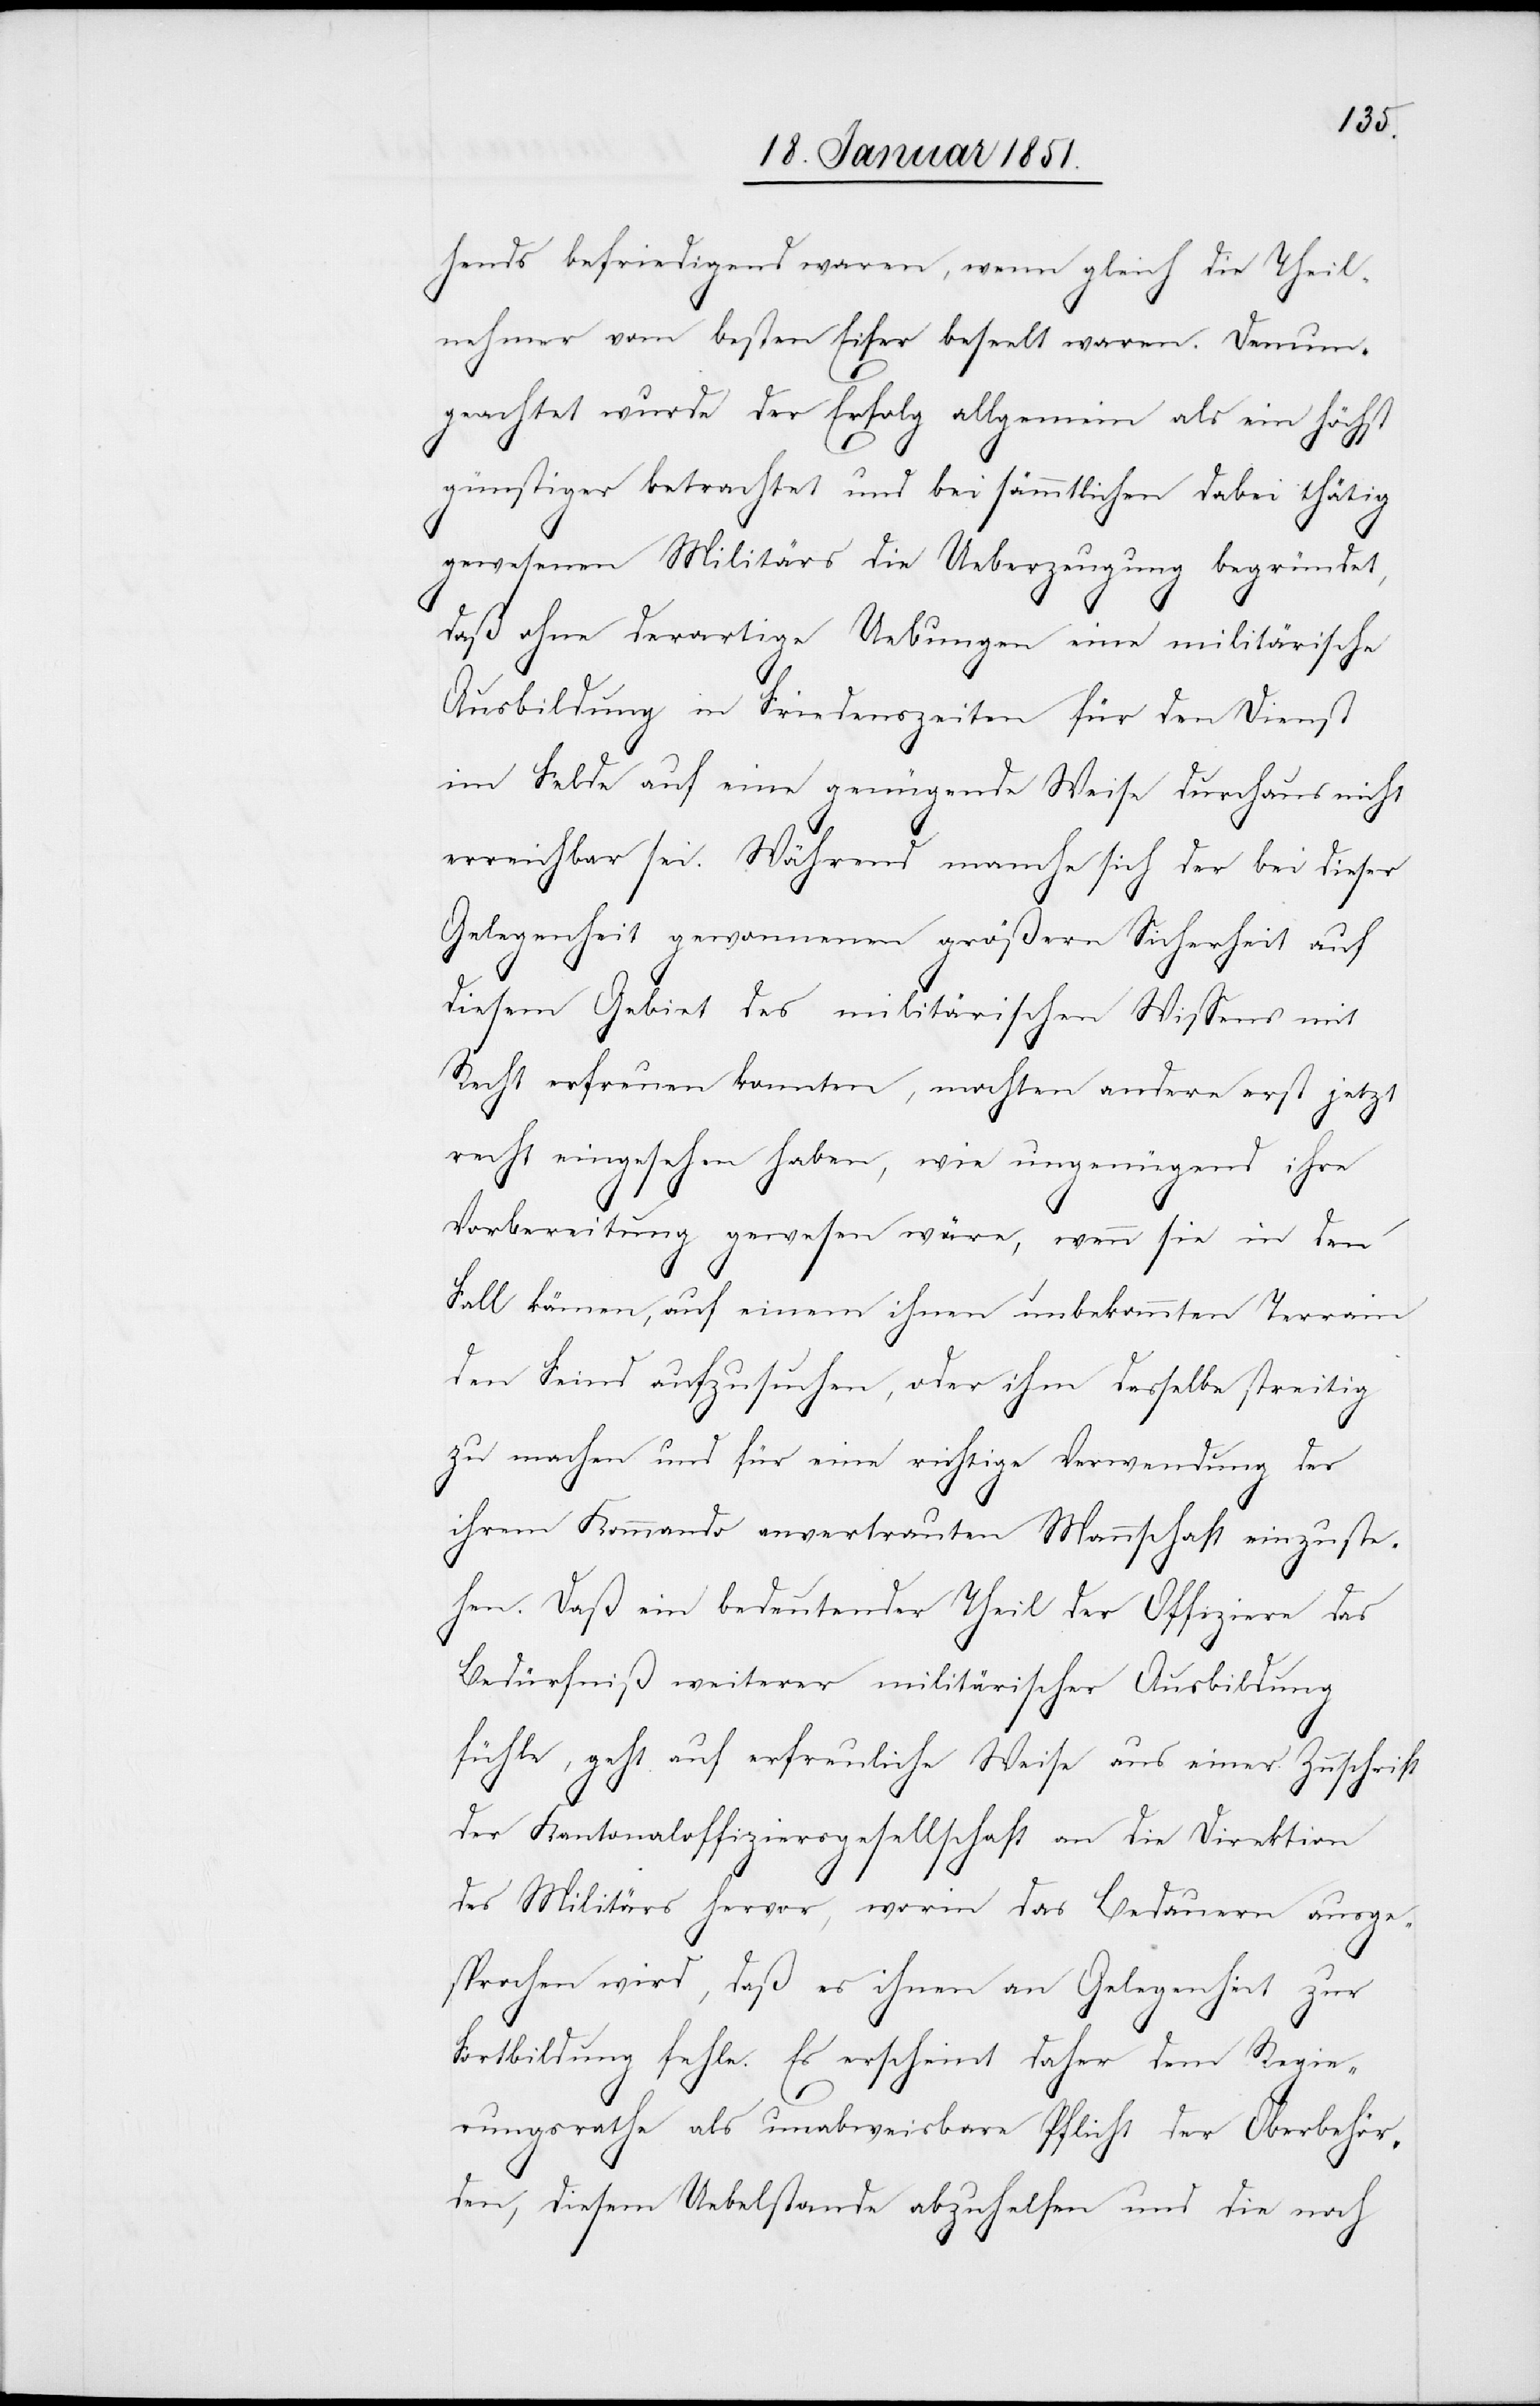
hends befriedigend waren, wenn gleich die Theil¬
nehmer vom besten Eifer beseelt waren. Demun¬
geachtet wurde der Erfolg allgemein als ein höchst
günstiger betrachtet und bei sämmtlichen dabei thätig
gewesenen Militärs die Ueberzeugung begründet,
daß ohne derartige Uebungen eine militärische
Ausbildung in Friedenszeiten für den Dienst
im Felde auf eine genügende Weise durchaus nicht
erreichbar sei. Während manche sich der bei dieser
Gelegenheit gewonnenen größern Sicherheit auf
diesem Gebiet des militärischen Wissens mit
Recht erfreuen konnten, mochten andere erst jetzt
recht eingesehen haben, wie ungenügend ihre
Vorbereitung gewesen wäre, wenn sie in den
Fall kämen, auf einem ihnen unbekannten Terrain
den Feind aufzusuchen, oder ihm dasselbe streitig
zu machen und für eine richtige Verwendung der
ihrem Kommando anvertrauten Mannschaft einzuste¬
hen. Daß ein bedeutender Theil der Offiziere das
Bedürfniß weiterer militärischer Ausbildung
fühle, geht auf erfreuliche Weise aus einer Zuschrift
der Kantonaloffiziersgesellschaft an die Direktion
des Militärs hervor, worin das Bedauern ausge¬
sprochen wird, daß es ihnen an Gelegenheit zur
Fortbildung fehle. Es erscheint daher dem Regie¬
rungsrathe als unabweisbare Pflicht der Oberbehör¬
den, diesem Uebelstande abzuhelfen und die noch